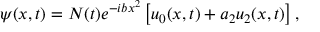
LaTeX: \psi ( x , t ) = { \cal N } ( t ) e ^ { - i b x ^ { 2 } } \left[ u _ { 0 } ( x , t ) + a _ { 2 } u _ { 2 } ( x , t ) \right] ,